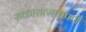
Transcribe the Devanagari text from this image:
सकारात्मकपणे